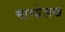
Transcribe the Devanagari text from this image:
भाग्येलख